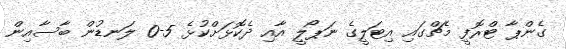
ގެންޕާ ޓްރޮފީ މެޗްގައި އިޓަލީގެ ނަޕޯލީ އާއި ދެކޮޅަށްކުޅެ 5-0 ލަނޑުން ބާސާއިން